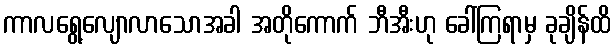
ကာလရွေ့လျောလာသောအခါ အတိုကောက် ဘီအီးဟု ခေါ်ကြရာမှ ခုချိန်ထိ